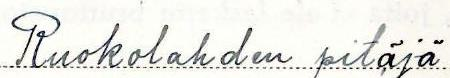
Ruokolahden pitäjä